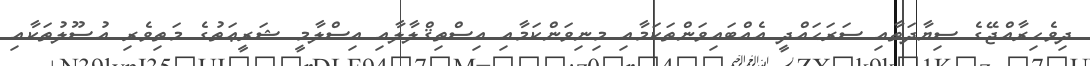
ދިވެހިރާއްޖޭގެ ސިޔާދަތާއި ސަރަޙައްދީ އެއްބައިވަންތަކަމާއި މިނިވަންކަމާއި އިސްތިޤްލާލާއި އިސްލާމީ ޝަރީޢަތުގެ މަތިވެރި އުޞޫލުތަކާއި